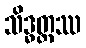
သိဒ္ဓတ္ထဿ